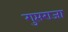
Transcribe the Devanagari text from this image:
गुप्तराजा